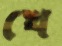
খে